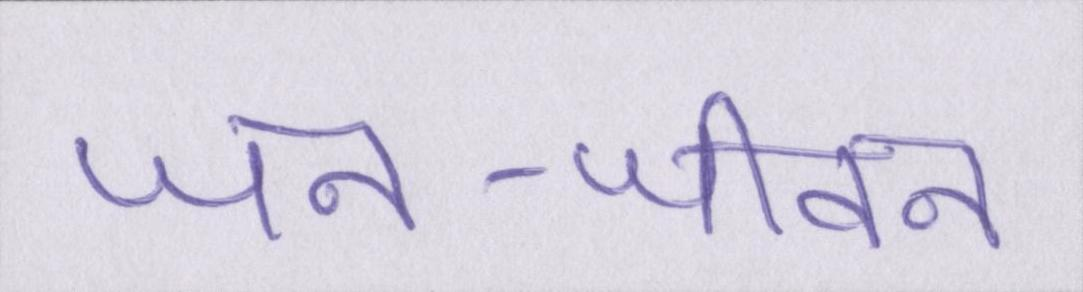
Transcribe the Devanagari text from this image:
जन-जीवन